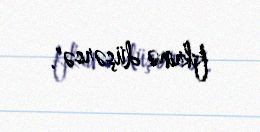
fikrinə düşərsə".